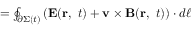
\textstyle = \oint _ { \partial \Sigma ( t ) } \left( \mathbf { E } ( \mathbf { r } , \ t ) + \mathbf { v \times B } ( \mathbf { r } , \ t ) \right) \cdot d { \boldsymbol { \ell } }